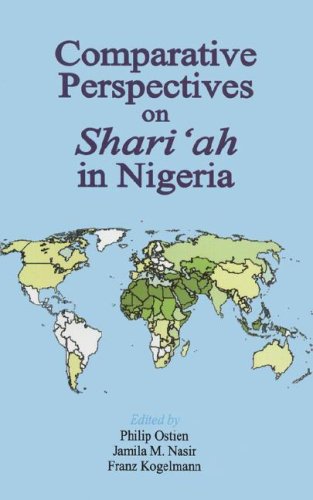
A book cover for Comparative Perspectives on Shari'ah in Nigeria; History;